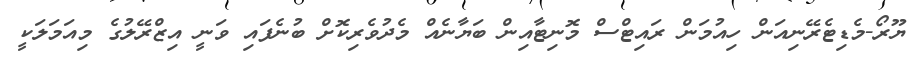
ޔޫރޯ-މެޑިޓެރޭނިއަން ހިއުމަން ރައިޓްސް މޮނިޓާއިން ބަޔާނެއް މެދުވެރިކޮށް ބުނެފައި ވަނީ އިޒްރޭލުގެ މިއަމަލަކީ